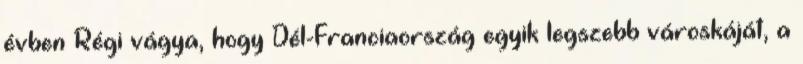
évben Régi vágya, hogy Dél-Franciaország egyik legszebb városkáját, a